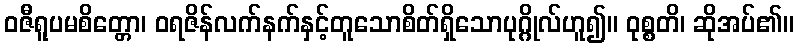
ဝဇီရူပမစိတ္တော၊ ဝရဇိန်လက်နက်နှင့်တူသောစိတ်ရှိသောပုဂ္ဂိုလ်ဟူ၍။ ဝုစ္စတိ၊ ဆိုအပ်၏။